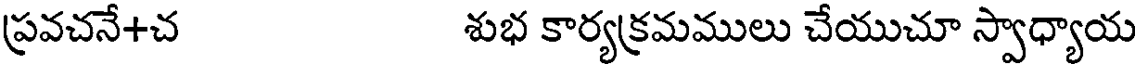
ప్రవచనే+చ శుభ కార్యక్రమములు చేయుచూ స్వాధ్యాయ